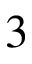
3